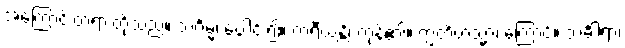
အကြောင်းတရားတို့သည်။ သင်္ဂမ္မ၊ ပေါင်း၍။ ကရီယန္တိ၊ ကုန်၏။ ဣတိတသ္မာ၊ ကြောင့်။ သင်္ခါရာ၊